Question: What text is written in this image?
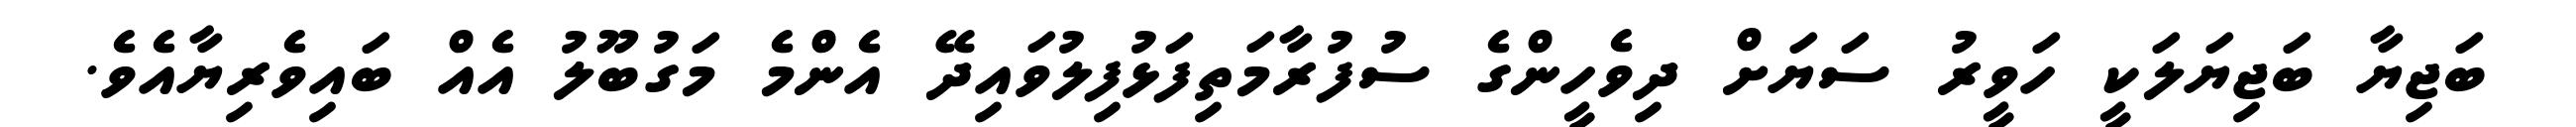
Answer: ބަޖިޔާ ބަޖިޔަލަކީ ހަވީރު ސަޔަށް ދިވެހީންގެ ސުފުރާމަތިފަޅުފިލުވައިދޭ އެންމެ މަގުބޫލު އެއް ބައިވެރިޔާއެވެ.